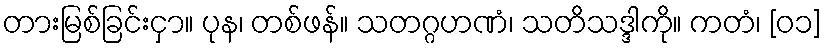
တားမြစ်ခြင်းငှာ။ ပုန၊ တစ်ဖန်။ သတဂ္ဂဟဏံ၊ သတိသဒ္ဒါကို။ ကတံ၊ [၀၁]